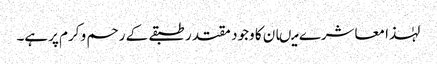
لہٰذا معاشرے میںان کا وجود مقتدر طبقے کے رحم و کرم پرہے۔